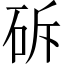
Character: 䂨